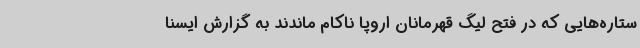
ستاره‌هایی که در فتح لیگ قهرمانان اروپا ناکام ماندند به گزارش ایسنا